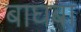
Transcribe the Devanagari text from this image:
बाघबा